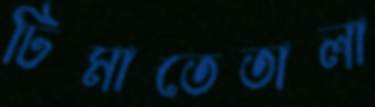
ঢিমাতেতালা